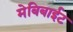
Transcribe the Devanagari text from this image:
मेबिबाईट